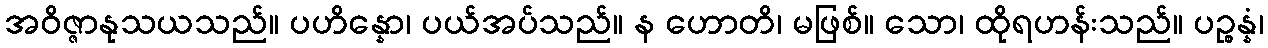
အဝိဇ္ဇာနုသယသည်။ ပဟိန္နော၊ ပယ်အပ်သည်။ န ဟောတိ၊ မဖြစ်။ သော၊ ထိုရဟန်းသည်။ ပဉ္စန္နံ၊